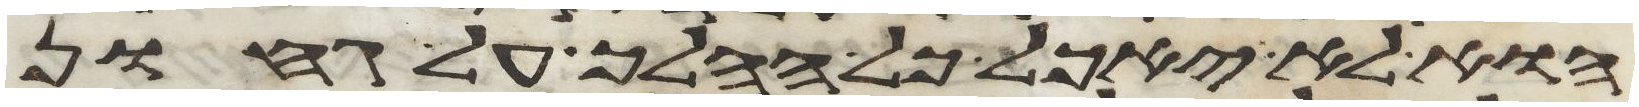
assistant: הוא לא יאכל כל ההלך על גחון